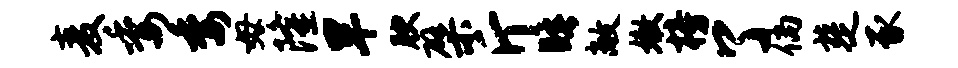
麦委委毋隆旱腴檗斤睡敞嫩榜了倘楚豕